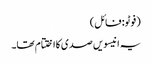
(فوٹو: فائل)
یہ انیسویں صدی کااختتام تھا۔